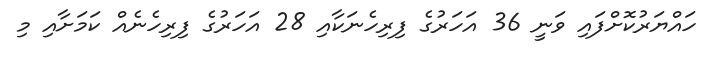
ހައްޔަރުކޮށްފައި ވަނީ 36 އަހަރުގެ ފިރިހެނަކާއި 28 އަހަރުގެ ފިރިހެނެއް ކަމަށާއި މި